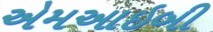
એમઆઇબી